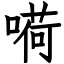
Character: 嗬